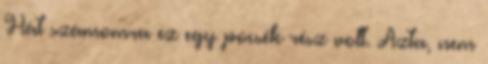
Hát számomra ez egy pocsék rész volt. Azta, nem